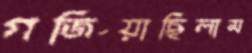
গর্জিয়াছিলাম